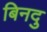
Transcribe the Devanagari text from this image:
बिनदु